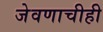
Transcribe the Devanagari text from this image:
जेवणाचीही